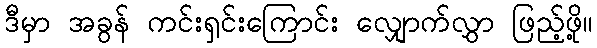
ဒီမှာ အခွန် ကင်းရှင်းကြောင်း လျှောက်လွှာ ဖြည့်ဖို့။